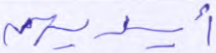
أيديهن